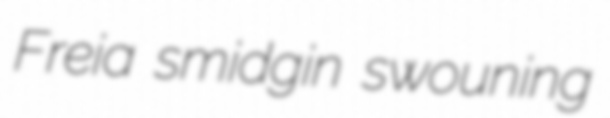
Freia smidgin swouning